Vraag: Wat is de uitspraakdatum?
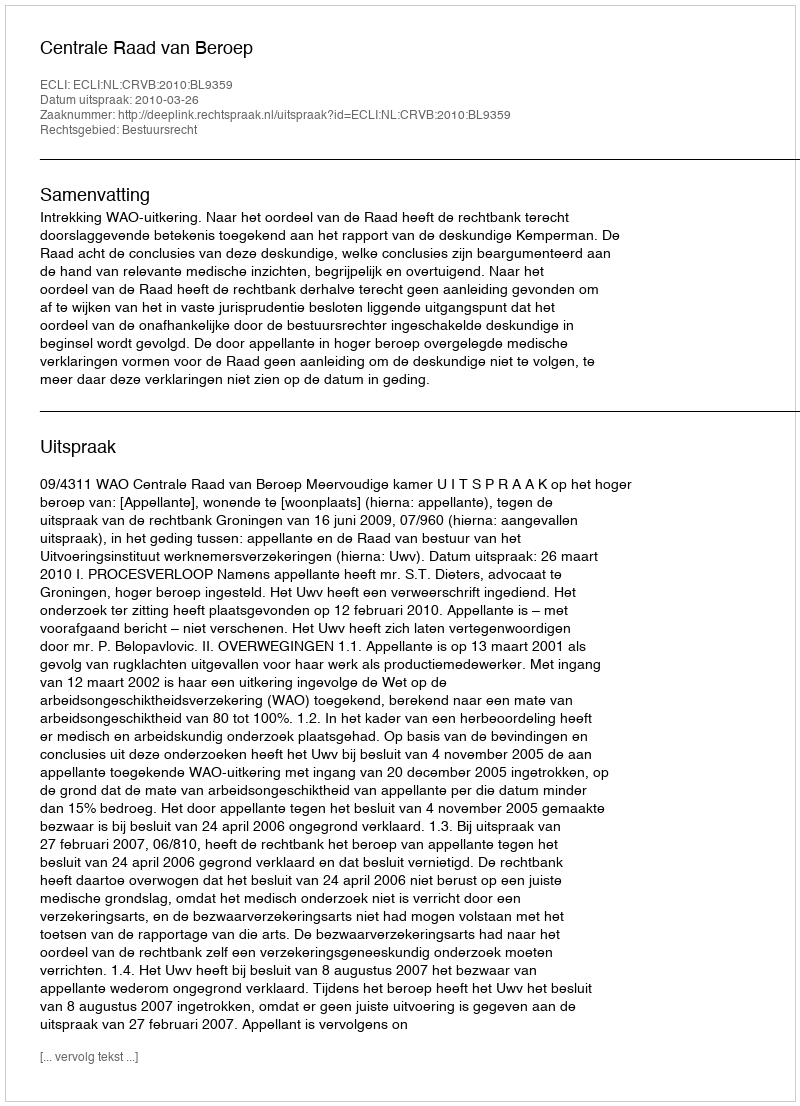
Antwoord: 2010-03-26